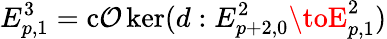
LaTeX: E_{p,1}^{3}=\operatorname{c\mathcal{O}ker}(d:E_{p+2,0}^{2}\toE_{p,1}^{2})